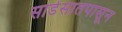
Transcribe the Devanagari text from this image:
साडेसातपासून